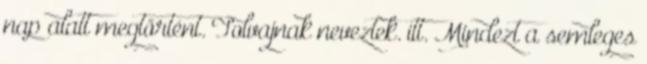
nap alatt megtörtént. Tolvajnak neveztek. itt. Mindezt a semleges